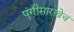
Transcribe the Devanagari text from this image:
पुंगीसारखेच